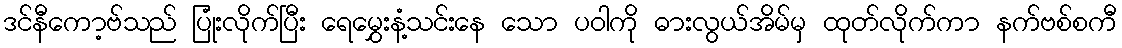
ဒင်နီကော့ဗ်သည် ပြုံးလိုက်ပြီး ရေမွှေးနံ့သင်းနေ သော ပဝါကို ဓားလွယ်အိမ်မှ ထုတ်လိုက်ကာ နက်ဗစ်စကီ